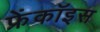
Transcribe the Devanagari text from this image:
फ्रेंकॉइस